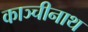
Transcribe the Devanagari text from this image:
काञ्चीनाथ